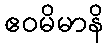
ဧဝမိမာနိ